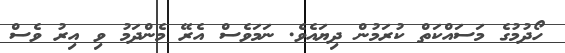
ހޯދުމުގެ މަސައްކަތް ކުރަމުން ދިޔައެވެ. ނަމަވެސް އެރޭ މެންދަމު ވި އިރު ވެސް